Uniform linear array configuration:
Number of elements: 64
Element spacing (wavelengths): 1
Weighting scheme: kaiser
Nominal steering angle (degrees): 15
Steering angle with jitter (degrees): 16.894
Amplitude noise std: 0.05
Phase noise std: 0.05

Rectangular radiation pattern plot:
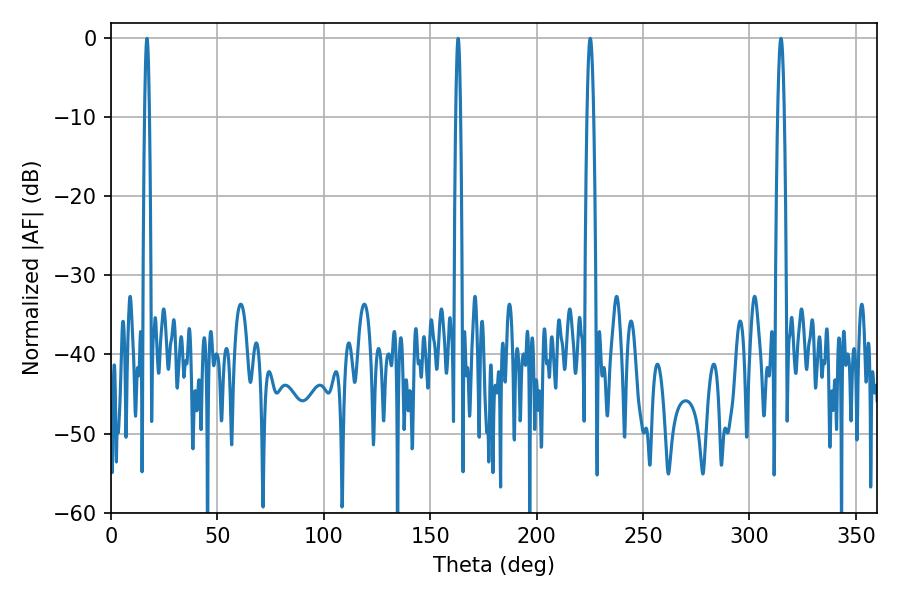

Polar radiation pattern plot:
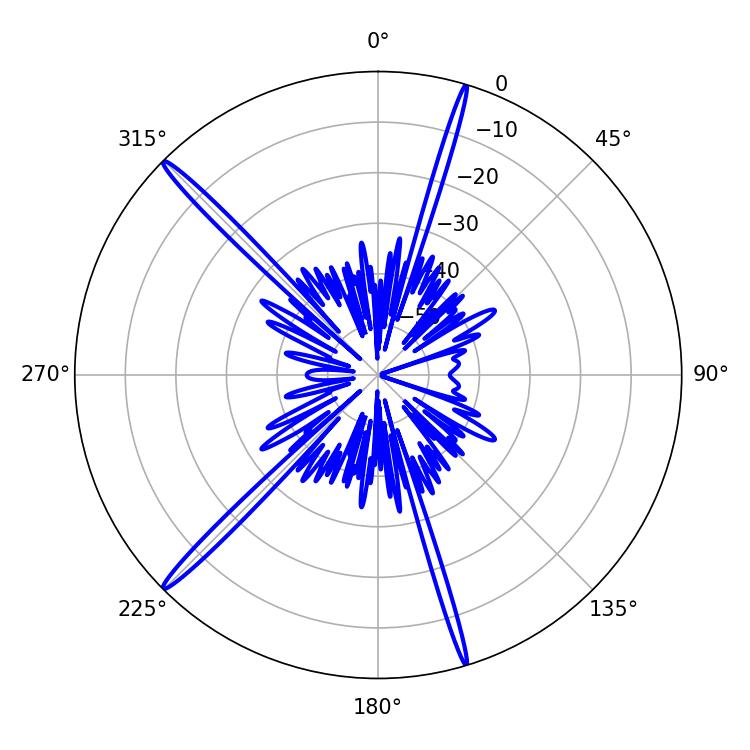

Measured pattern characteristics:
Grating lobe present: TRUE
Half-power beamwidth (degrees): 1.62
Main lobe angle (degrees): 225.18